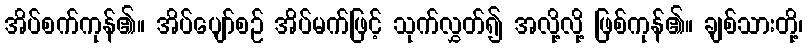
အိပ်စက်ကုန်၏။ အိပ်ပျော်စဉ် အိပ်မက်ဖြင့် သုက်လွှတ်၍ အလို့လို့ ဖြစ်ကုန်၏။ ချစ်သားတို့၊